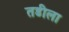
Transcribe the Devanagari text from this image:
तडीला